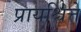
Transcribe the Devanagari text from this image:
प्रायश्चित्ते